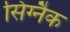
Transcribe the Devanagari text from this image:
सिग्‍नैक